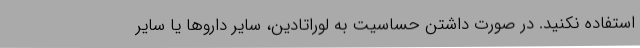
استفاده نکنید. در صورت داشتن حساسیت به لوراتادین، سایر داروها یا سایر